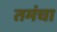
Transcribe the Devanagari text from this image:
तमंचा